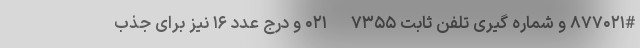
۸۷۷۰۲۱# و شماره گیری تلفن ثابت ۷۳۵۵ - ۰۲۱ و درج عدد ۱۶ نیز برای جذب